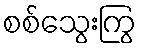
စစ်သွေးကြွ